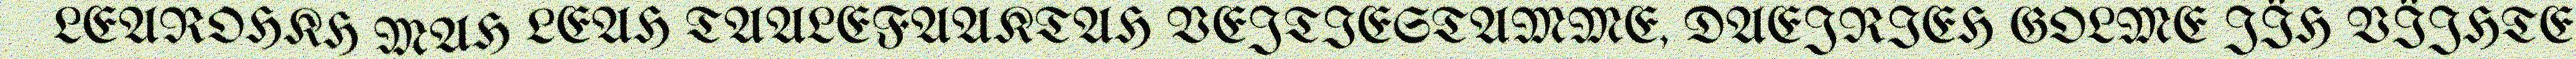
LEAROHKH MAH LEAH TAALEFAAKTAH VEJTIESTAMME, DAEJRIEH GOLME JÏH VÏJHTE